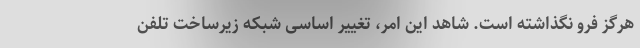
هرگز فرو نگذاشته است. شاهد این امر، تغییر اساسی شبکه زیرساخت تلفن